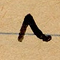
٨